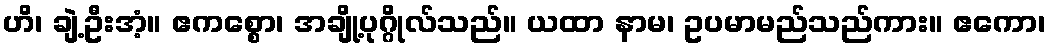
ဟိ၊ ချဲ့ဦးအံ့။ ဧကစ္စော၊ အချို့ပုဂ္ဂိုလ်သည်။ ယထာ နာမ၊ ဥပမာမည်သည်ကား။ ဧကော၊